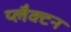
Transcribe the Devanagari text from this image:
प्लैक्टन